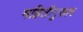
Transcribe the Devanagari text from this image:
महितीनुसार